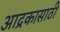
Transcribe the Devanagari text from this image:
आद्रकासाठी